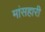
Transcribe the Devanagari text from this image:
मांसहारी